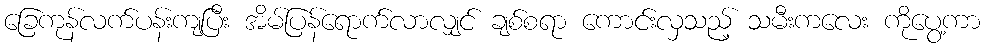
ခြေကုန်လက်ပန်းကျပြီး အိမ်ပြန်ရောက်လာလျှင် ချစ်စရာ ကောင်းလှသည့် သမီးကလေး ကိုပွေ့ကာ